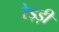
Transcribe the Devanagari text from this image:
रेड्ड़ी